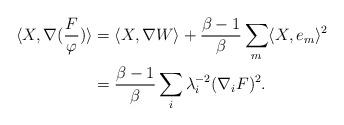
LaTeX: \begin{align*}\langle X, \nabla(\frac{F}{\varphi}) \rangle&=\langle X,\nabla W \rangle+\frac{\beta-1}{\beta}\sum_{m}\langle X,e_{m} \rangle^{2}\\&=\frac{\beta-1}{\beta}\sum_{i}\lambda_{i}^{-2}(\nabla_{i}F)^{2}.\end{align*}